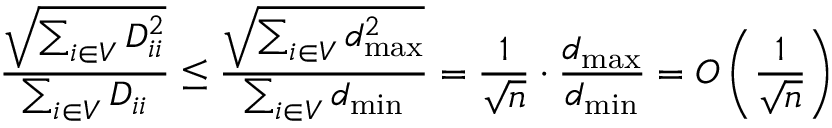
\frac { \sqrt { \sum _ { i \in V } D _ { i i } ^ { 2 } } } { \sum _ { i \in V } D _ { i i } } \leq \frac { \sqrt { \sum _ { i \in V } d _ { \operatorname* { m a x } } ^ { 2 } } } { \sum _ { i \in V } d _ { \operatorname* { m i n } } } = \frac { 1 } { \sqrt { n } } \cdot \frac { d _ { \operatorname* { m a x } } } { d _ { \operatorname* { m i n } } } = O \left( \frac { 1 } { \sqrt { n } } \right)